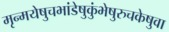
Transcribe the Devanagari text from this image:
मृन्मयेषुचभांडेषुकुंभेषुरुचकेषुवा